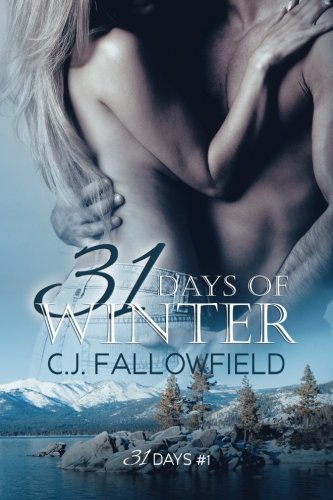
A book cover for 31 Days of Winter (Volume 1); C.J. Fallowfield; Romance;